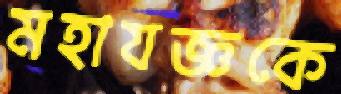
মহাযজ্ঞকে